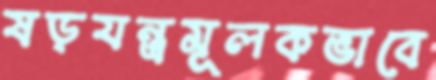
ষড়যন্ত্রমূলকভাবে